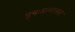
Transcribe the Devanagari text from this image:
पुनःप्रत्यायन